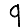
Digit: 9